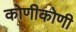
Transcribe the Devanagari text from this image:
कोणीकोणी